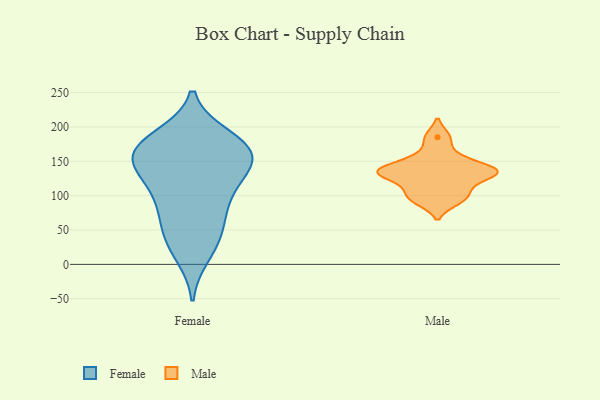
{"axis": {"x": "Revenue (USD Million)", "y": "Value"}, "legend": ["Female", "Male"], "data": [{"x": "", "y": 14, "type": "Female"}, {"x": "", "y": 159, "type": "Female"}, {"x": "", "y": 131, "type": "Female"}, {"x": "", "y": 58, "type": "Female"}, {"x": "", "y": 155, "type": "Female"}, {"x": "", "y": 185, "type": "Female"}, {"x": "", "y": 84, "type": "Female"}, {"x": "", "y": 153, "type": "Female"}, {"x": "", "y": 31, "type": "Female"}, {"x": "", "y": 97, "type": "Female"}, {"x": "", "y": 175, "type": "Female"}, {"x": "", "y": 176, "type": "Female"}, {"x": "", "y": 103, "type": "Female"}, {"x": "", "y": 47, "type": "Female"}, {"x": "", "y": 135, "type": "Female"}, {"x": "", "y": 175, "type": "Female"}, {"x": "", "y": 149, "type": "Female"}, {"x": "", "y": 92, "type": "Male"}, {"x": "", "y": 135, "type": "Male"}, {"x": "", "y": 138, "type": "Male"}, {"x": "", "y": 134, "type": "Male"}, {"x": "", "y": 111, "type": "Male"}, {"x": "", "y": 185, "type": "Male"}, {"x": "", "y": 129, "type": "Male"}, {"x": "", "y": 158, "type": "Male"}, {"x": "", "y": 138, "type": "Male"}, {"x": "", "y": 99, "type": "Male"}]}